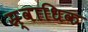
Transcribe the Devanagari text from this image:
स्र्वाधिक